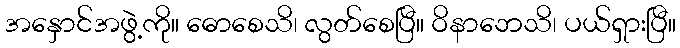
အနှောင်အဖွဲ့ကို။ ဓောစေသိ၊ လွတ်စေပြီ။ ဝိနာဘေသိ၊ ပယ်ရှားပြီ။